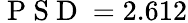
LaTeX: \mathrm{~P~S~D~}=2.612